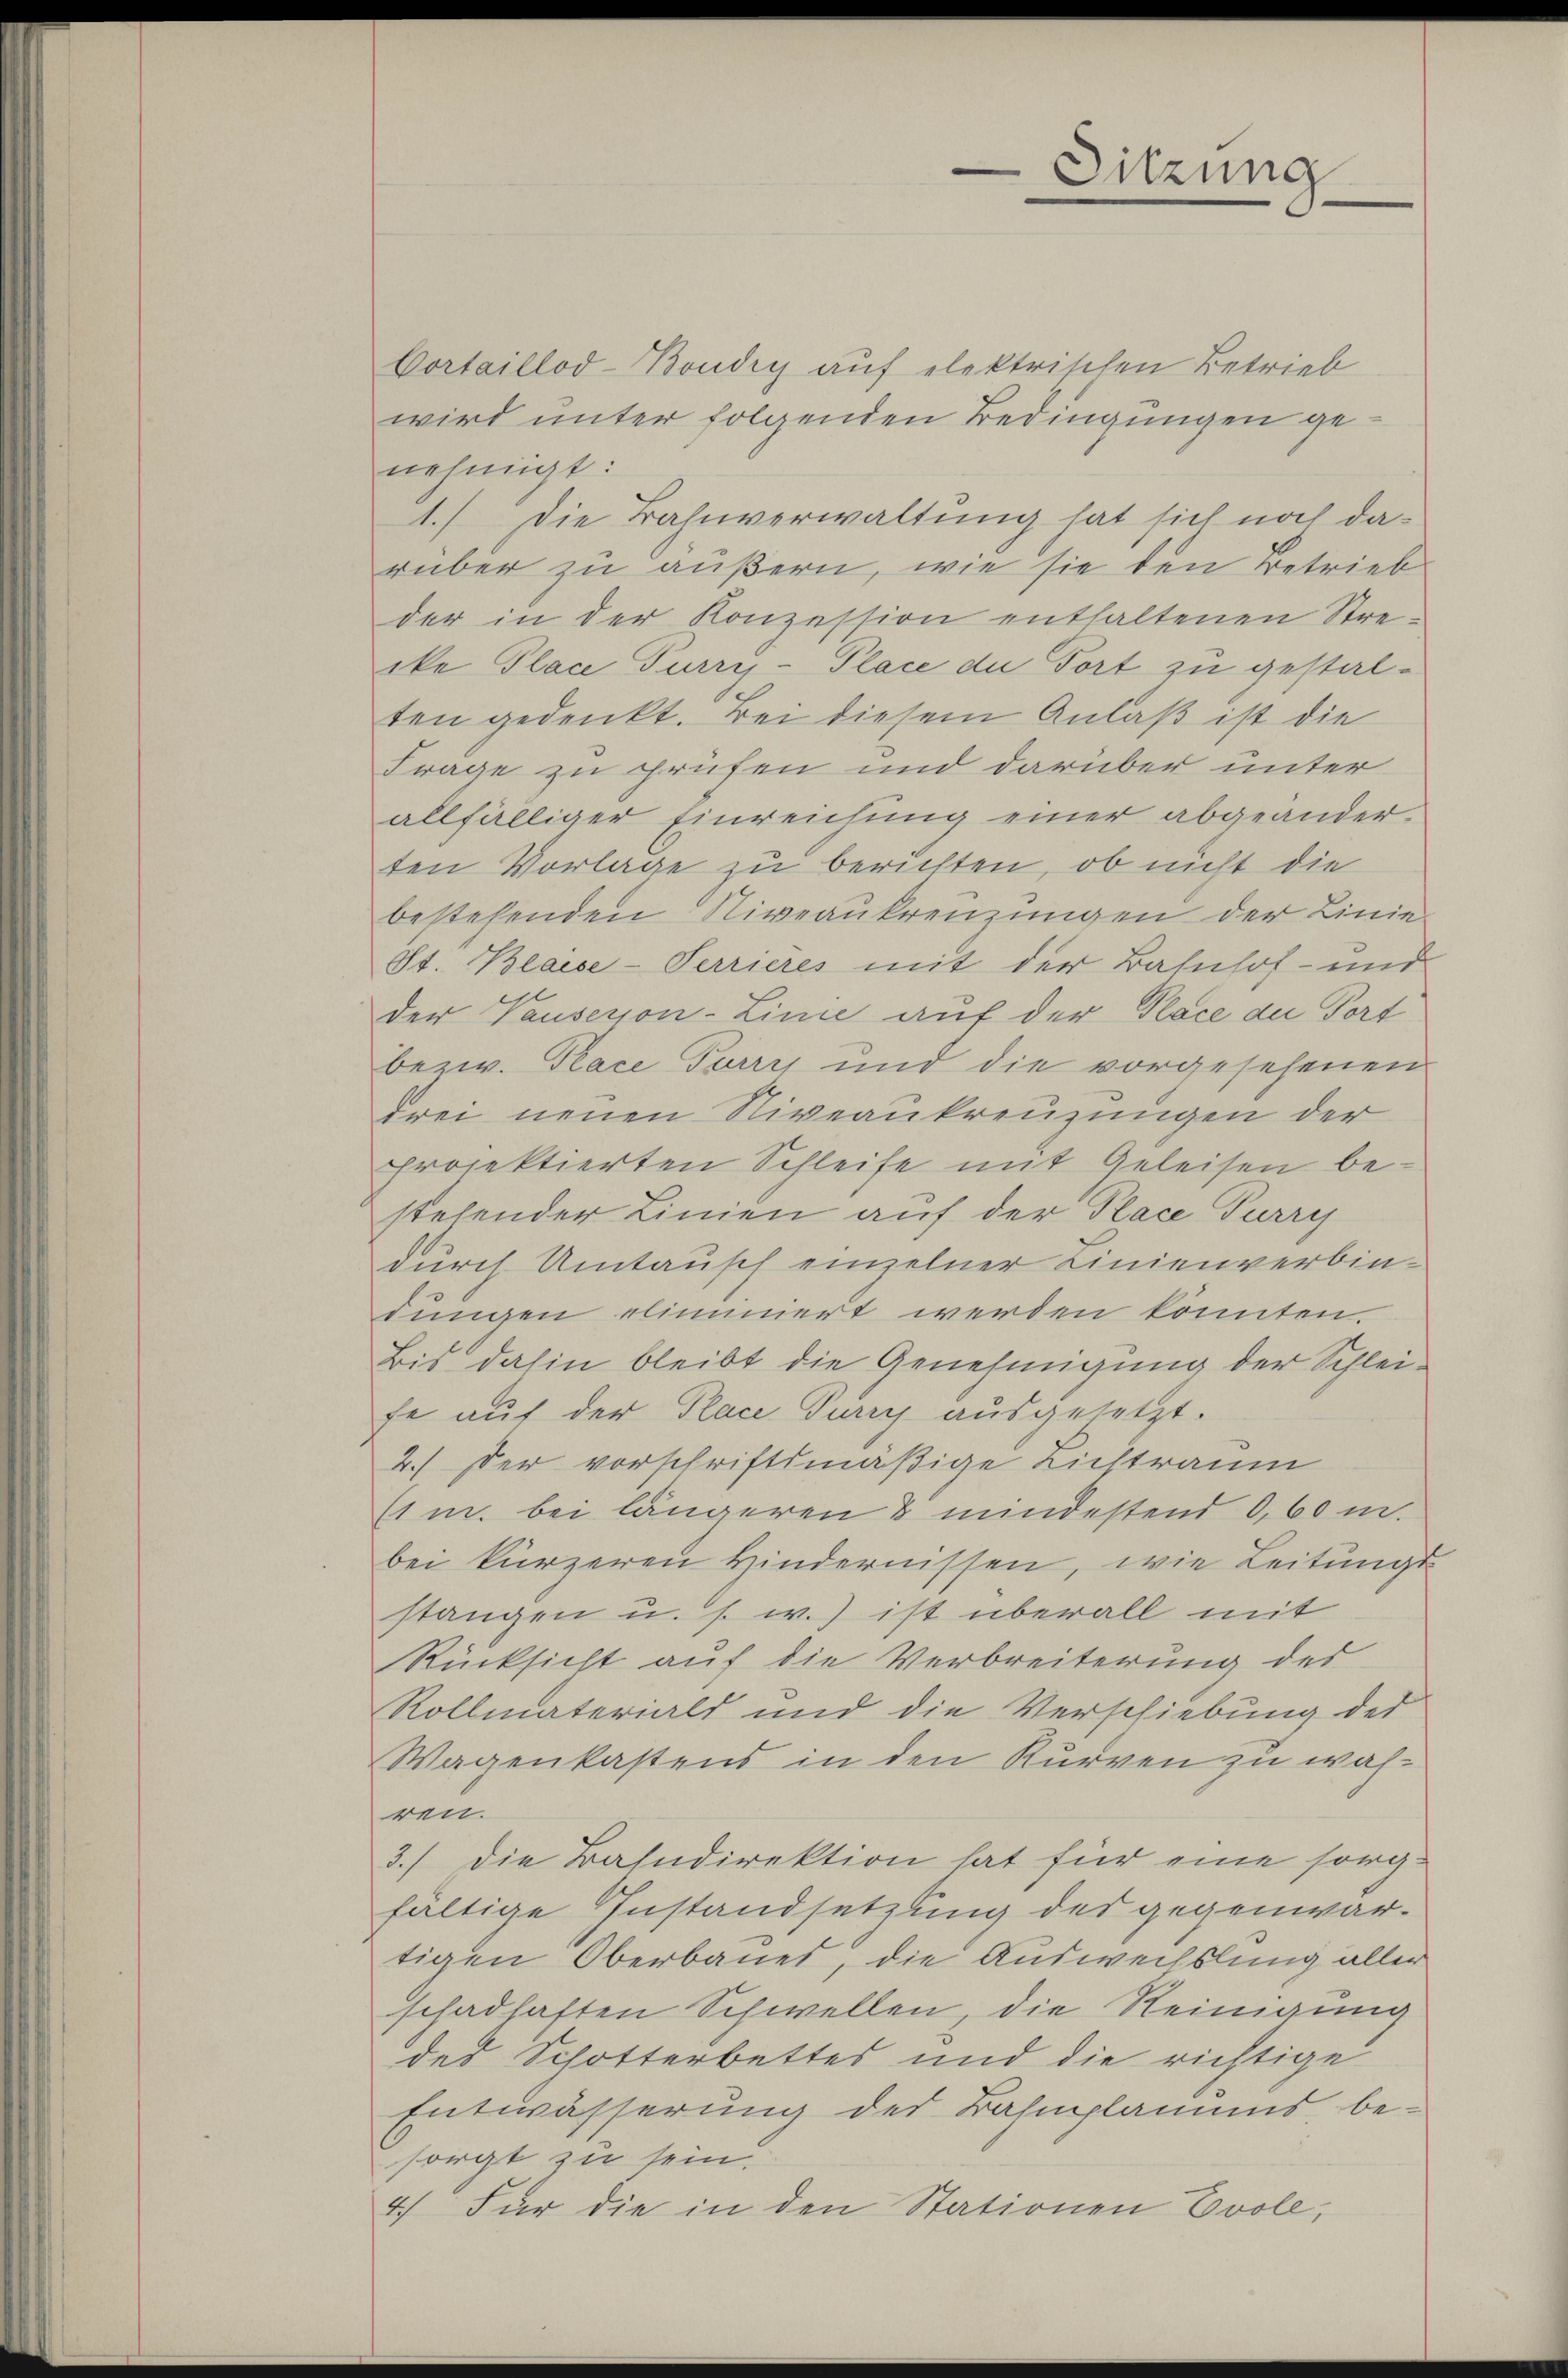
Sitzung

Cortaillod-Bondig auf elektrischen Betrieb
wird unter folgenden Bedingungen genehmigt:
1.) Die Bahnverwaltung hat sich noch darüber zu äußern, wie sie den Betrieb
der in der Konzession enthaltenen Streike Place Turry-Place du dort zu gestalten gedenkt. Bei diesem Anlaß ist die
Frage zu prüfen und darüber unter
allfälliger Einreichung einer abgeänderten Vorlage zu berichten, ob nicht die
bestehenden Niveaukreuzungen der Linie
St. Beaise-Terrieres mit der Bahnhof- und
der Pausesion-Linie auf der Place du Tort
bezw. Place Furry und die vorgesehenen
Frei neuen Niveaukreuzungen der
projektierten Schleife mit Geleisen be-
stehender Linien auf der Place Turry
durch Umtausch einzelner Linienverbintungen eliminiert werden könnten.
Bis dahin bleibt die Genehmigung der Schleife auf der Place Jury ausgesetzt.
2.) Der vorschriftsmäßige Lichtraum
(1 m. bei längeren & mindestend 0,60 m.
bei kürzeren Hindernissen, wie Leitungs-
stangen u. s. w.) ist überall mit
Rücksicht auf die Verbreiterung des
Rollmaterials und die Verschiebung des
Wagenkastens in den Kurven zu währen.
3.) die Bahndirektion hat für eine sorgfältige Instandsetzung der gegenwär-
tigen Oberbauet, die Auswechslung aller
schadhaften Schwellen, die Reinigung
des Schotterbettes und die richtige
Entwässerung der Bahnplanums, besorgt zu sein.
4.) Für die in den Stationen Evole,